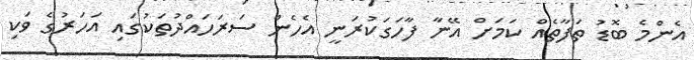
އެންމެ ބޮޑު ތަފާތެއް ކަމަށް އޭނާ ފާހަގަކުރަނީ އެހެން ސަރަހައްދުތަކުގައި އަހަރުގެ ވަކި